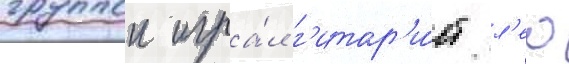
группои игра́л г'итар'и́ст л'ео